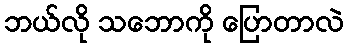
ဘယ်လို သဘောကို ပြောတာလဲ